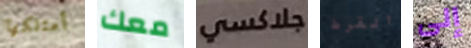
أمتلكها معك جلاكسي القرط إلى